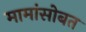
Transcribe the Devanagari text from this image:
मामांसोबत